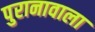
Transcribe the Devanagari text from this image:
पुरानावाला